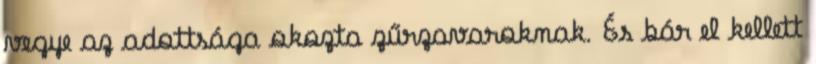
vegye az adottsága okozta zűrzavaroknak. És bár el kellett